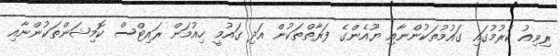
ރިވިއު ކުރުމުގައި ގައުމުތަކުންނާއި ޔޫއެންގެ ފަރާތްތަކުން އަދި ގައުމީ ހިއުމަން ރައިޓްސް ކޮމިޝަންތަކުންނާއި